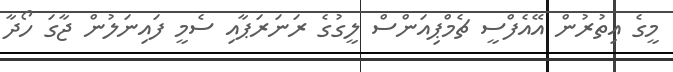
މީގެ އިތުރުން އޭއެފްސީ ޗެމްޕިއަންސް ލީގުގެ ރަނަރަޕާއި ސެމީ ފައިނަލުން ޖާގަ ހޯދާ